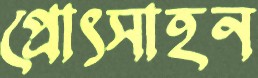
প্রোৎসাহন